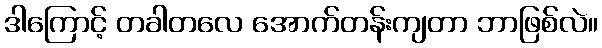
ဒါကြောင့် တခါတလေ အောက်တန်းကျတာ ဘာဖြစ်လဲ။